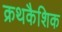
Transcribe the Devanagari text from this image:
क्रथकैशिक